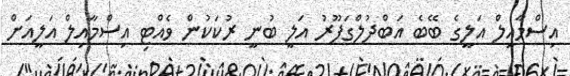
އިސްމާއިލް އަލީގެ ބޭބެ އަބްދުލްގަފޫރު އަލީ ބުނީ ރުކަކުން ވެއްޓި އިސްމާއިލް އަލީއަށް